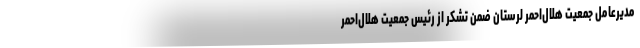
مدیرعامل جمعیت هلال‌احمر لرستان ضمن تشکر از رئیس جمعیت هلال‌احمر